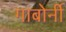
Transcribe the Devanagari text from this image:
गाबोर्नी